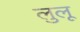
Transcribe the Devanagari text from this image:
लुलू